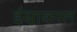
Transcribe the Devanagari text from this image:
ईसाकाल